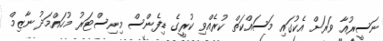
ނަސީރުއާ ވަރަށް އެކުގައި މަސައްކަތް ކުރެއްވި ކުރީގެ ޑިފެންސް މިނިސްޓަރު މުހައްމަދު ނާޒިމް